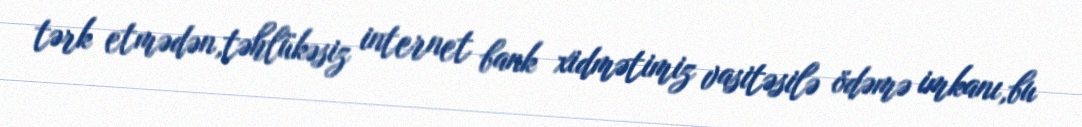
tərk etmədən,təhlükəsiz internet bank xidmətimiz vasitəsilə ödəmə imkanı,bu